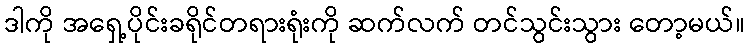
ဒါကို အရှေ့ပိုင်းခရိုင်တရားရုံးကို ဆက်လက် တင်သွင်းသွား တော့မယ်။